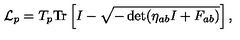
{ \cal L } _ { p } = T _ { p } \mathrm { T r } \left[ I - \sqrt { - \det ( \eta _ { a b } I + F _ { a b } ) } \right] ,